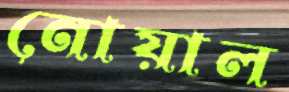
নোয়াল